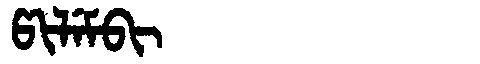
Manchu: ᡦᡳᠯᡝᠮᠪᡳ
Romanization: PILEMBI